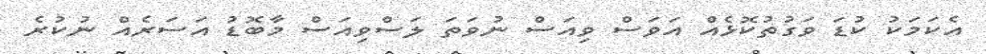
އެކަމަކު ކުޑަ ވަގުތުކޮޅެއް އަވަސް ވިއަސް ނުވަތަ ލަސްވިއަސް މާބޮޑު އަސަރެއް ނުކުރެ